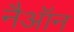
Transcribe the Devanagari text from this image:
नैऑन